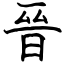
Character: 晉